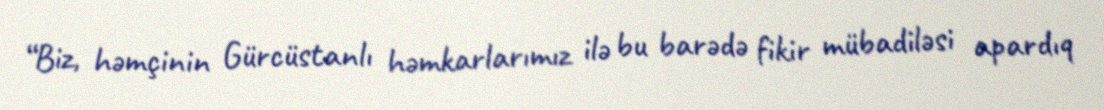
“Biz, həmçinin Gürcüstanlı həmkarlarımız ilə bu barədə fikir mübadiləsi apardıq